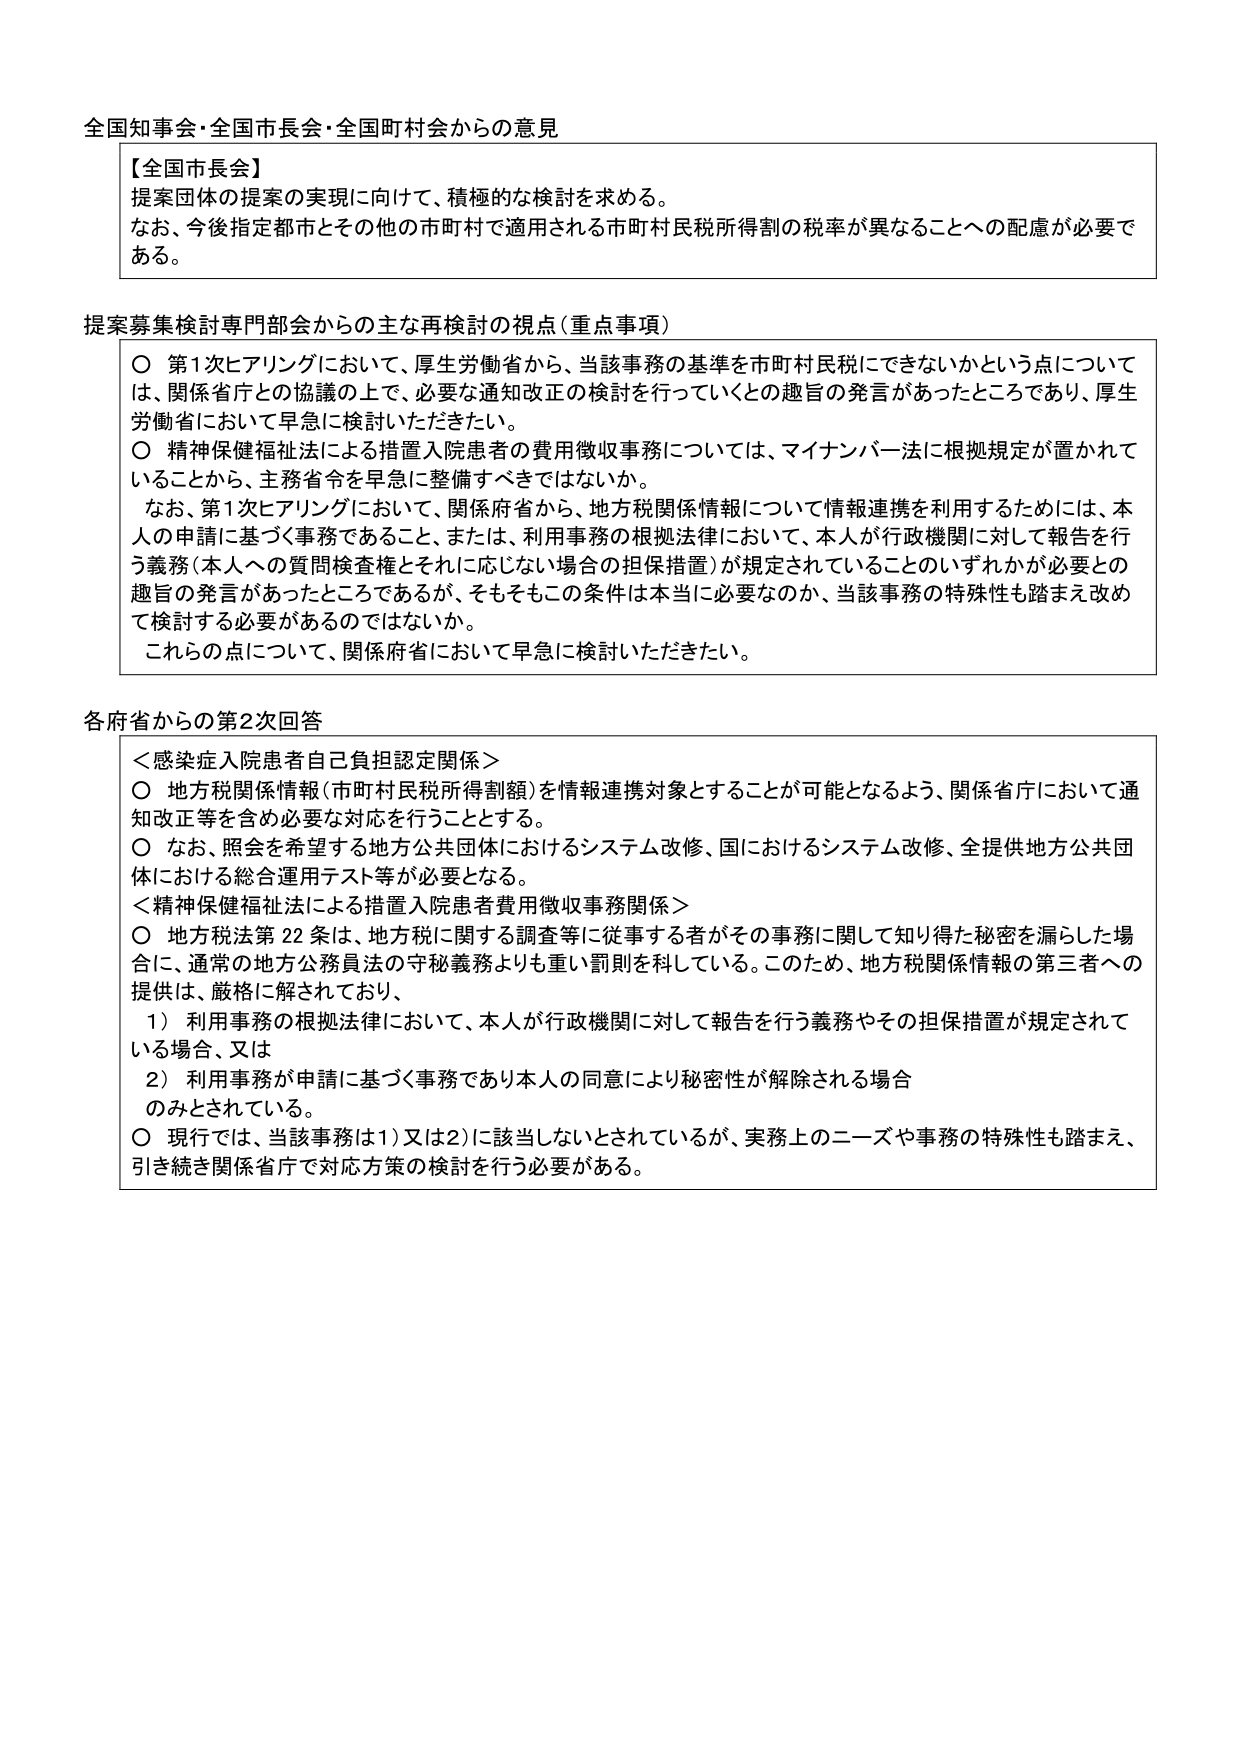
全国知事会・全国市長会・全国町村会からの意見

【全国市長会】
提案団体の提案の実現に向けて、積極的な検討を求める。
なお、今後指定都市とその他の市町村で適用される市町村民税所得割の税率が異なることへの配慮が必要である。

提案募集検討専門部会からの主な再検討の視点（重点事項）
○ 第1次ヒアリングにおいて、厚生労働省から、当該事務の基準を市町村民税にできないかという点については、関係省庁との協議の上で、必要な通知改正の検討を行っていくとの趣旨の発言があったところであり、厚生労働省において早急に検討いただきたい。
○ 精神保健福祉法による措置入院患者の費用徴収事務については、マイナンバー法に根拠規定が置かれていることから、主務省令を早急に整備すべきではないか。
　なお、第1次ヒアリングにおいて、関係府省から、地方税関係情報について情報連携を利用するためには、本人の申請に基づく事務であること、または、利用事務の根拠法律において、本人が行政機関に対して報告を行う義務（本人への質問検査権とそれに応じない場合の担保措置）が規定されていることのいずれかが必要との趣旨の発言があったところであるが、そもそもこの条件は本当に必要なのか、当該事務の特殊性も踏まえ改めて検討する必要があるのではないか。
　これらの点について、関係府省において早急に検討いただきたい。

各府省からの第2次回答
＜感染症入院患者自己負担認定関係＞
○ 地方税関係情報（市町村民税所得割額）を情報連携対象とすることが可能となるよう、関係省庁において通知改正等を含め必要な対応を行うこととする。
○ なお、照会を希望する地方公共団体におけるシステム改修、国におけるシステム改修、全提供地方公共団体における総合運用テスト等が必要となる。
＜精神保健福祉法による措置入院患者費用徴収事務関係＞
○ 地方税法第22条は、地方税に関する調査等に従事する者がその事務に関して知り得た秘密を漏らした場合に、通常の地方公務員法の守秘義務よりも重い罰則を科している。このため、地方税関係情報の第三者への提供は、厳格に解されており、
　1）利用事務の根拠法律において、本人が行政機関に対して報告を行う義務やその担保措置が規定されている場合、又は
　2）利用事務が申請に基づく事務であり本人の同意により秘密性が解除される場合
　のみとされている。
○ 現行では、当該事務は1）又は2）に該当しないとされているが、実務上のニーズや事務の特殊性も踏まえ、引き続き関係省庁で対応方策の検討を行う必要がある。